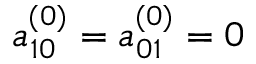
a _ { 1 0 } ^ { ( 0 ) } = a _ { 0 1 } ^ { ( 0 ) } = 0